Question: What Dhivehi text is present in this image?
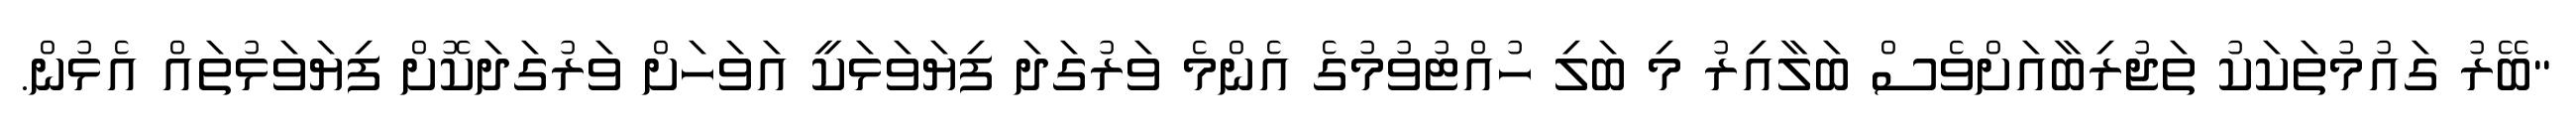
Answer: "ބޭރު ގައުމުތަކަކު ތަޖުރިބާއަށްވެސް ބަލާއިރު މި ބަލި ހުއްޓުވުމުގެ އެންމެ ވަރުގަދަ ފިޔަވަޅަކީ އަވަހަށް ވަރުގަދަކޮށް ފިޔަވަޅުތައް އެޅުން.